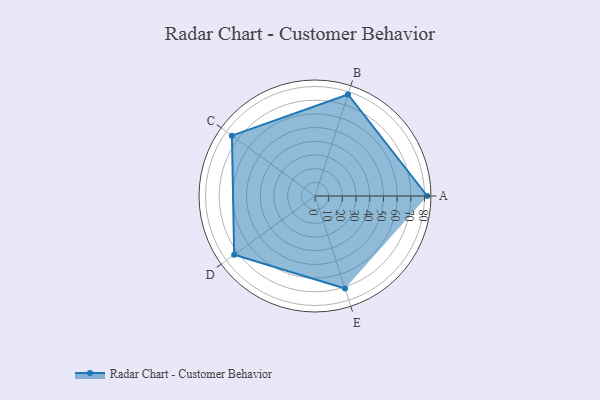
{"axis": {"x": "Skill", "y": "Score"}, "legend": ["Profile"], "data": [{"x": "A", "y": 82.0, "type": "Profile"}, {"x": "B", "y": 78.0, "type": "Profile"}, {"x": "C", "y": 75.0, "type": "Profile"}, {"x": "D", "y": 73.0, "type": "Profile"}, {"x": "E", "y": 71.0, "type": "Profile"}]}